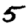
Digit: 5